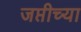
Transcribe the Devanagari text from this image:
जप्तीच्या